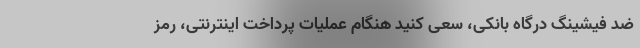
ضد فیشینگ درگاه بانکی، سعی کنید هنگام عملیات پرداخت اینترنتی، رمز